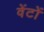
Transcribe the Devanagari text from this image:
वेंटों